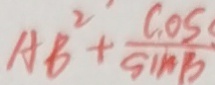
A B ^ { 2 } + \frac { \cos } { \sin B }